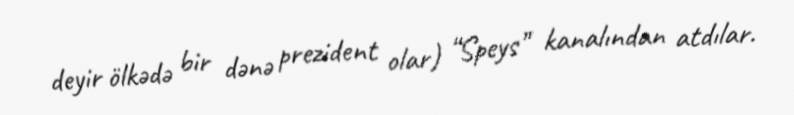
deyir ölkədə bir dənə prezident olar) “Speys” kanalından atdılar.